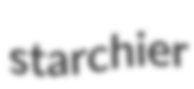
starchier